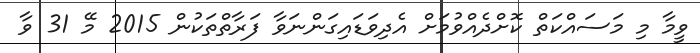
ވީމާ މި މަސައްކަތް ކޮށްދެއްވުމަށް އެދިވަޑައިގަންނަވާ ފަރާތްތަކުން 2015 މޭ 31 ވާ